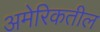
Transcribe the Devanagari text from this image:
अमेरिकतील